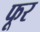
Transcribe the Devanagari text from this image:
फूर